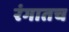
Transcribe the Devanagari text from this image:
रंगातच